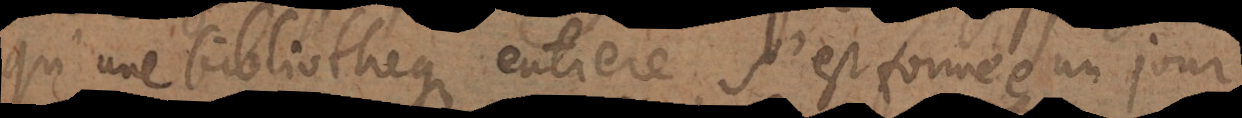
qu’une bibliotheque entiere s’est formée un jou